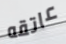
عاتقه